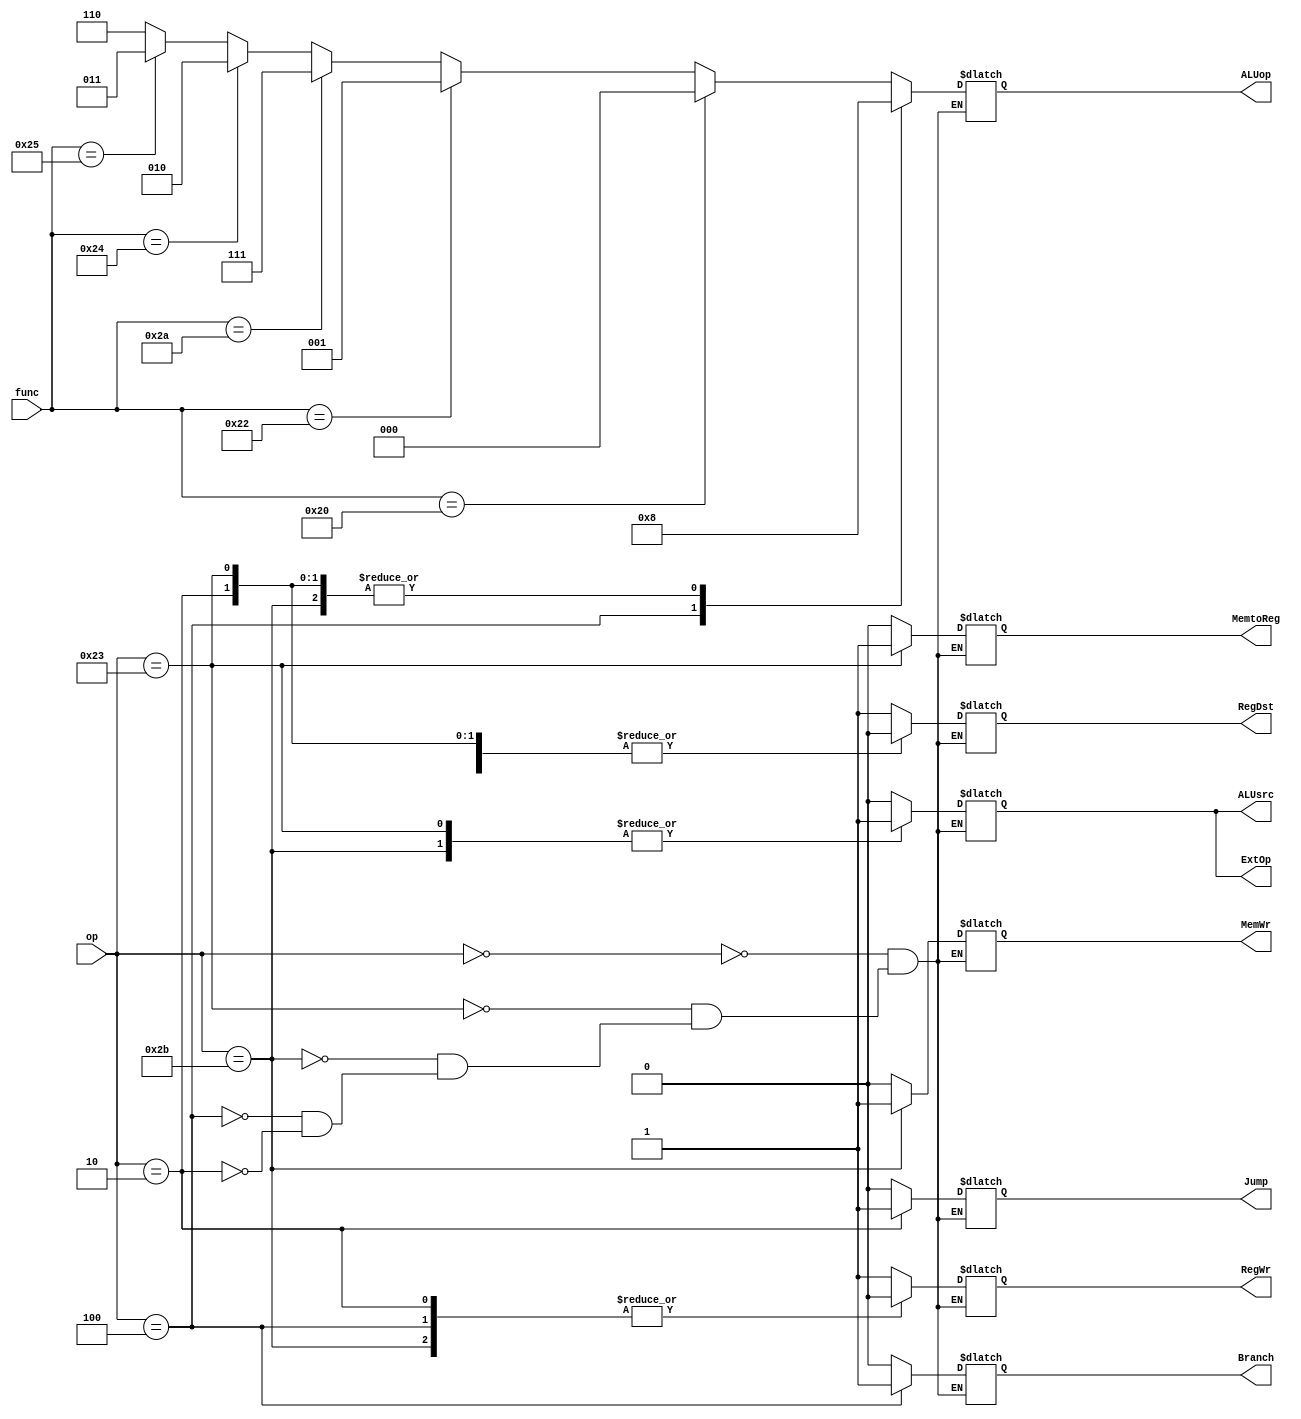
module ControlUnit(op,func,Branch,Jump,RegDst,ALUsrc,ALUop,MemtoReg,RegWr,MemWr,ExtOp);
    input [5:0] op,func;
    output reg Branch,Jump,RegDst,ALUsrc,MemtoReg,RegWr,MemWr,ExtOp;
    output reg [2:0] ALUop;
    
    initial 
    begin
    Branch = 0;
    Jump = 0;
    RegDst = 0;   
    ALUsrc = 0;    
    ALUop = 3'b000;
    MemtoReg = 0;
    RegWr = 0;
    MemWr = 0;
    ExtOp = 0;  
    end
    
    
    always@(op or func)begin
        case(op)
            6'b000000:
            begin
              Branch = 0;
              Jump = 0;
              RegDst = 1;   //register Rd
              ALUsrc = 0;    
              if(func == 6'b100000)        ALUop = 3'b000;   //add
              else if(func == 6'b100010)   ALUop = 3'b001;   //sub
              else if(func == 6'b101010)   ALUop = 3'b111;   //slt
              else if(func == 6'b100100)   ALUop = 3'b010;   //and
              else if(func == 6'b100101)   ALUop = 3'b011;   //or
              else                         ALUop = 3'b110;    //the rest 
              MemtoReg = 0;
              RegWr = 1;
              MemWr = 0;
              ExtOp = 0;
            end
            
            6'b100011:   //lw
            begin
              Branch = 0;
              Jump = 0;
              RegDst = 0;   //register Rd
              ALUsrc = 1;    
              ALUop = 3'b000;
              MemtoReg = 1;
              RegWr = 1;
              MemWr = 0;
              ExtOp = 1;  
            end
            
            6'b101011:   //sw
            begin
              Branch = 0;
              Jump = 0;
              RegDst = 0;   
              ALUsrc = 1;    
              ALUop = 3'b000;
              MemtoReg = 0;
              RegWr = 0;
              MemWr = 1;
              ExtOp = 1;  
            end
            
            6'b000100:      //beq
            begin
              Branch = 1;
              Jump = 0;
              RegDst = 0;   
              ALUsrc = 0;    
              ALUop = 3'b001;
              MemtoReg = 0;
              RegWr = 0;
              MemWr = 0;
              ExtOp = 0;  
            end
            
            6'b000010:   //jump
            begin
              Branch = 0;
              Jump = 1;
              RegDst = 0;   
              ALUsrc = 0;    
              ALUop = 3'b000;
              MemtoReg = 0;
              RegWr = 0;
              MemWr = 0;
              ExtOp = 0;  
            end
       endcase
    end  
endmodule